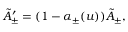
\tilde { A } _ { \pm } ^ { \prime } = ( 1 - \alpha _ { \pm } ( u ) ) \tilde { A } _ { \pm } ,